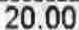
20.00